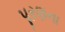
પૂરણના